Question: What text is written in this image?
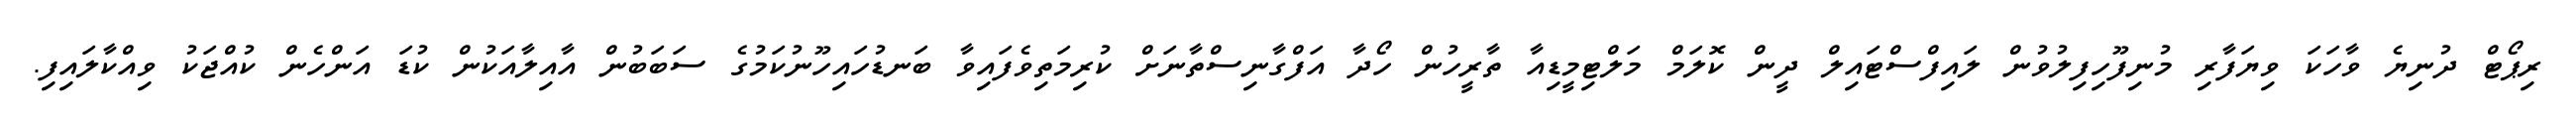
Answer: ރިޕޯޓް ދުނިޔެ ވާހަކަ ވިޔަފާރި މުނިފޫހިފިލުވުން ލައިފްސްޓައިލް ދީން ކޮލަމް މަލްޓިމީޑިއާ ތާރީހުން ހޯދާ އަފްގާނިސްތާނަށް ކުރިމަތިވެފައިވާ ބަނޑުހައިހޫނުކަމުގެ ސަބަބުން އާއިލާއަކުން ކުޑަ އަންހެން ކުއްޖަކު ވިއްކާލައިފި.